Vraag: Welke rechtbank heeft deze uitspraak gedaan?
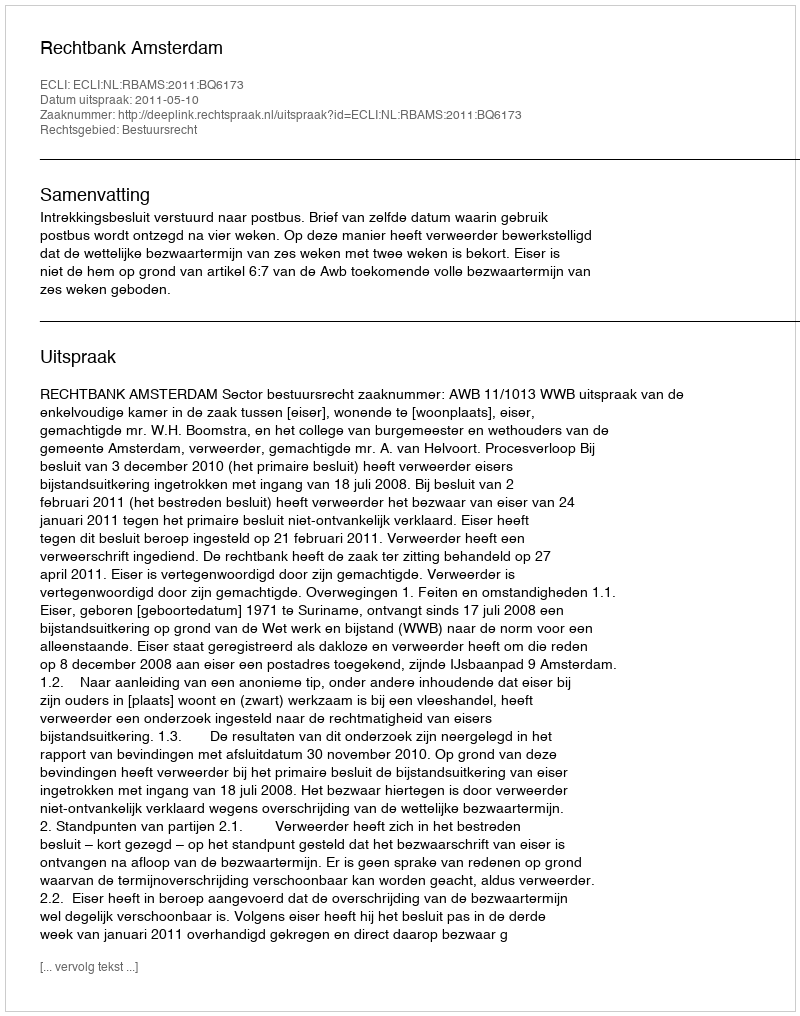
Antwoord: Rechtbank Amsterdam